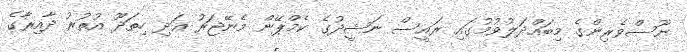
ނޫސްވެރިންގެ މިބައްދަލުވުމުގައި ރައީސް ނަޝީދުގެ ކެމްޕޭން މެނޭޖަރު އަދި ހިތަދޫ އުތުރު ދާއިރާގެ